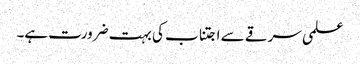
علمی سرقے سے اجتناب کی بہت ضرورت ہے۔